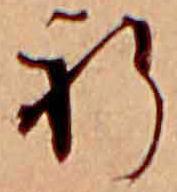
祈